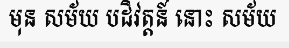
មុន សម័យ បដិវត្តន៍ នោះ សម័យ